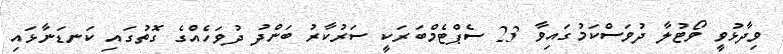
ވިދާޅުވީ ވޯޓުލާ ދުވަސްކަމުގައިވާ 23 ސެޕްޓެމްބަރަކީ ސަރުކާރު ބަންދު ދުވަހެއްގެ ގޮތުގައި ކަނޑަނާޅައި